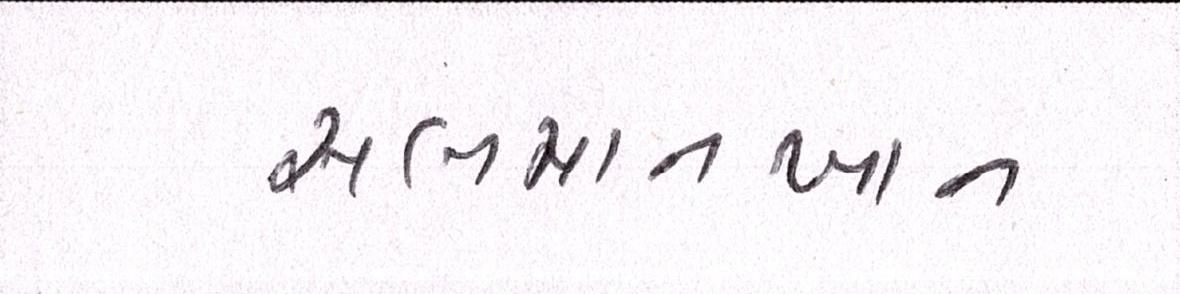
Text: સલમાનખાન